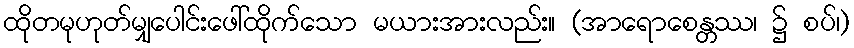
ထိုတမုဟုတ်မျှပေါင်းဖေါ်ထိုက်သော မယားအားလည်း။ (အာရောစေန္တဿ၊ ၌ စပ်၊)